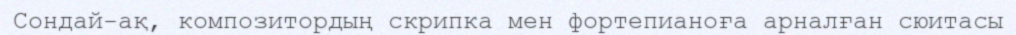
Сондай-ақ, композитордың скрипка мен фортепианоға арналған сюитасы